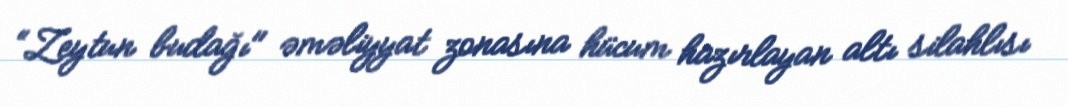
“Zeytun budağı" əməliyyat zonasına hücum hazırlayan altı silahlısı